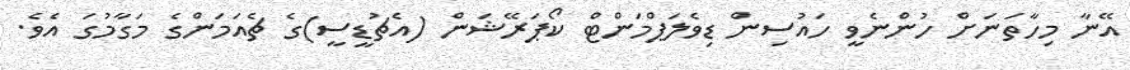
އޭނާ މިހާތަނަށް ހުންނެވީ ހައުސިން ޑިވެލަޕްމަންޓް ކޯޕަރޭޝަން (އެޗުޑީސީ)ގެ ޗެއަމަންގެ މަގާމުގަ އެވެ.